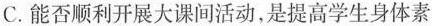
C.能否顺利开展大课间活动，是提高学生身体素